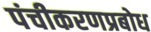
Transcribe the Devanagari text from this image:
पंचीकरणप्रबोध